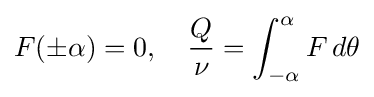
F(\pm \alpha )=0,\quad {\frac {Q}{\nu }}=\int _{-\alpha }^{\alpha }F\,d\theta